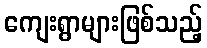
ကျေးရွာများဖြစ်သည့်